65_HS1-834228961_62-HQ-83894_Section_6
Agency: FBI
Page 159
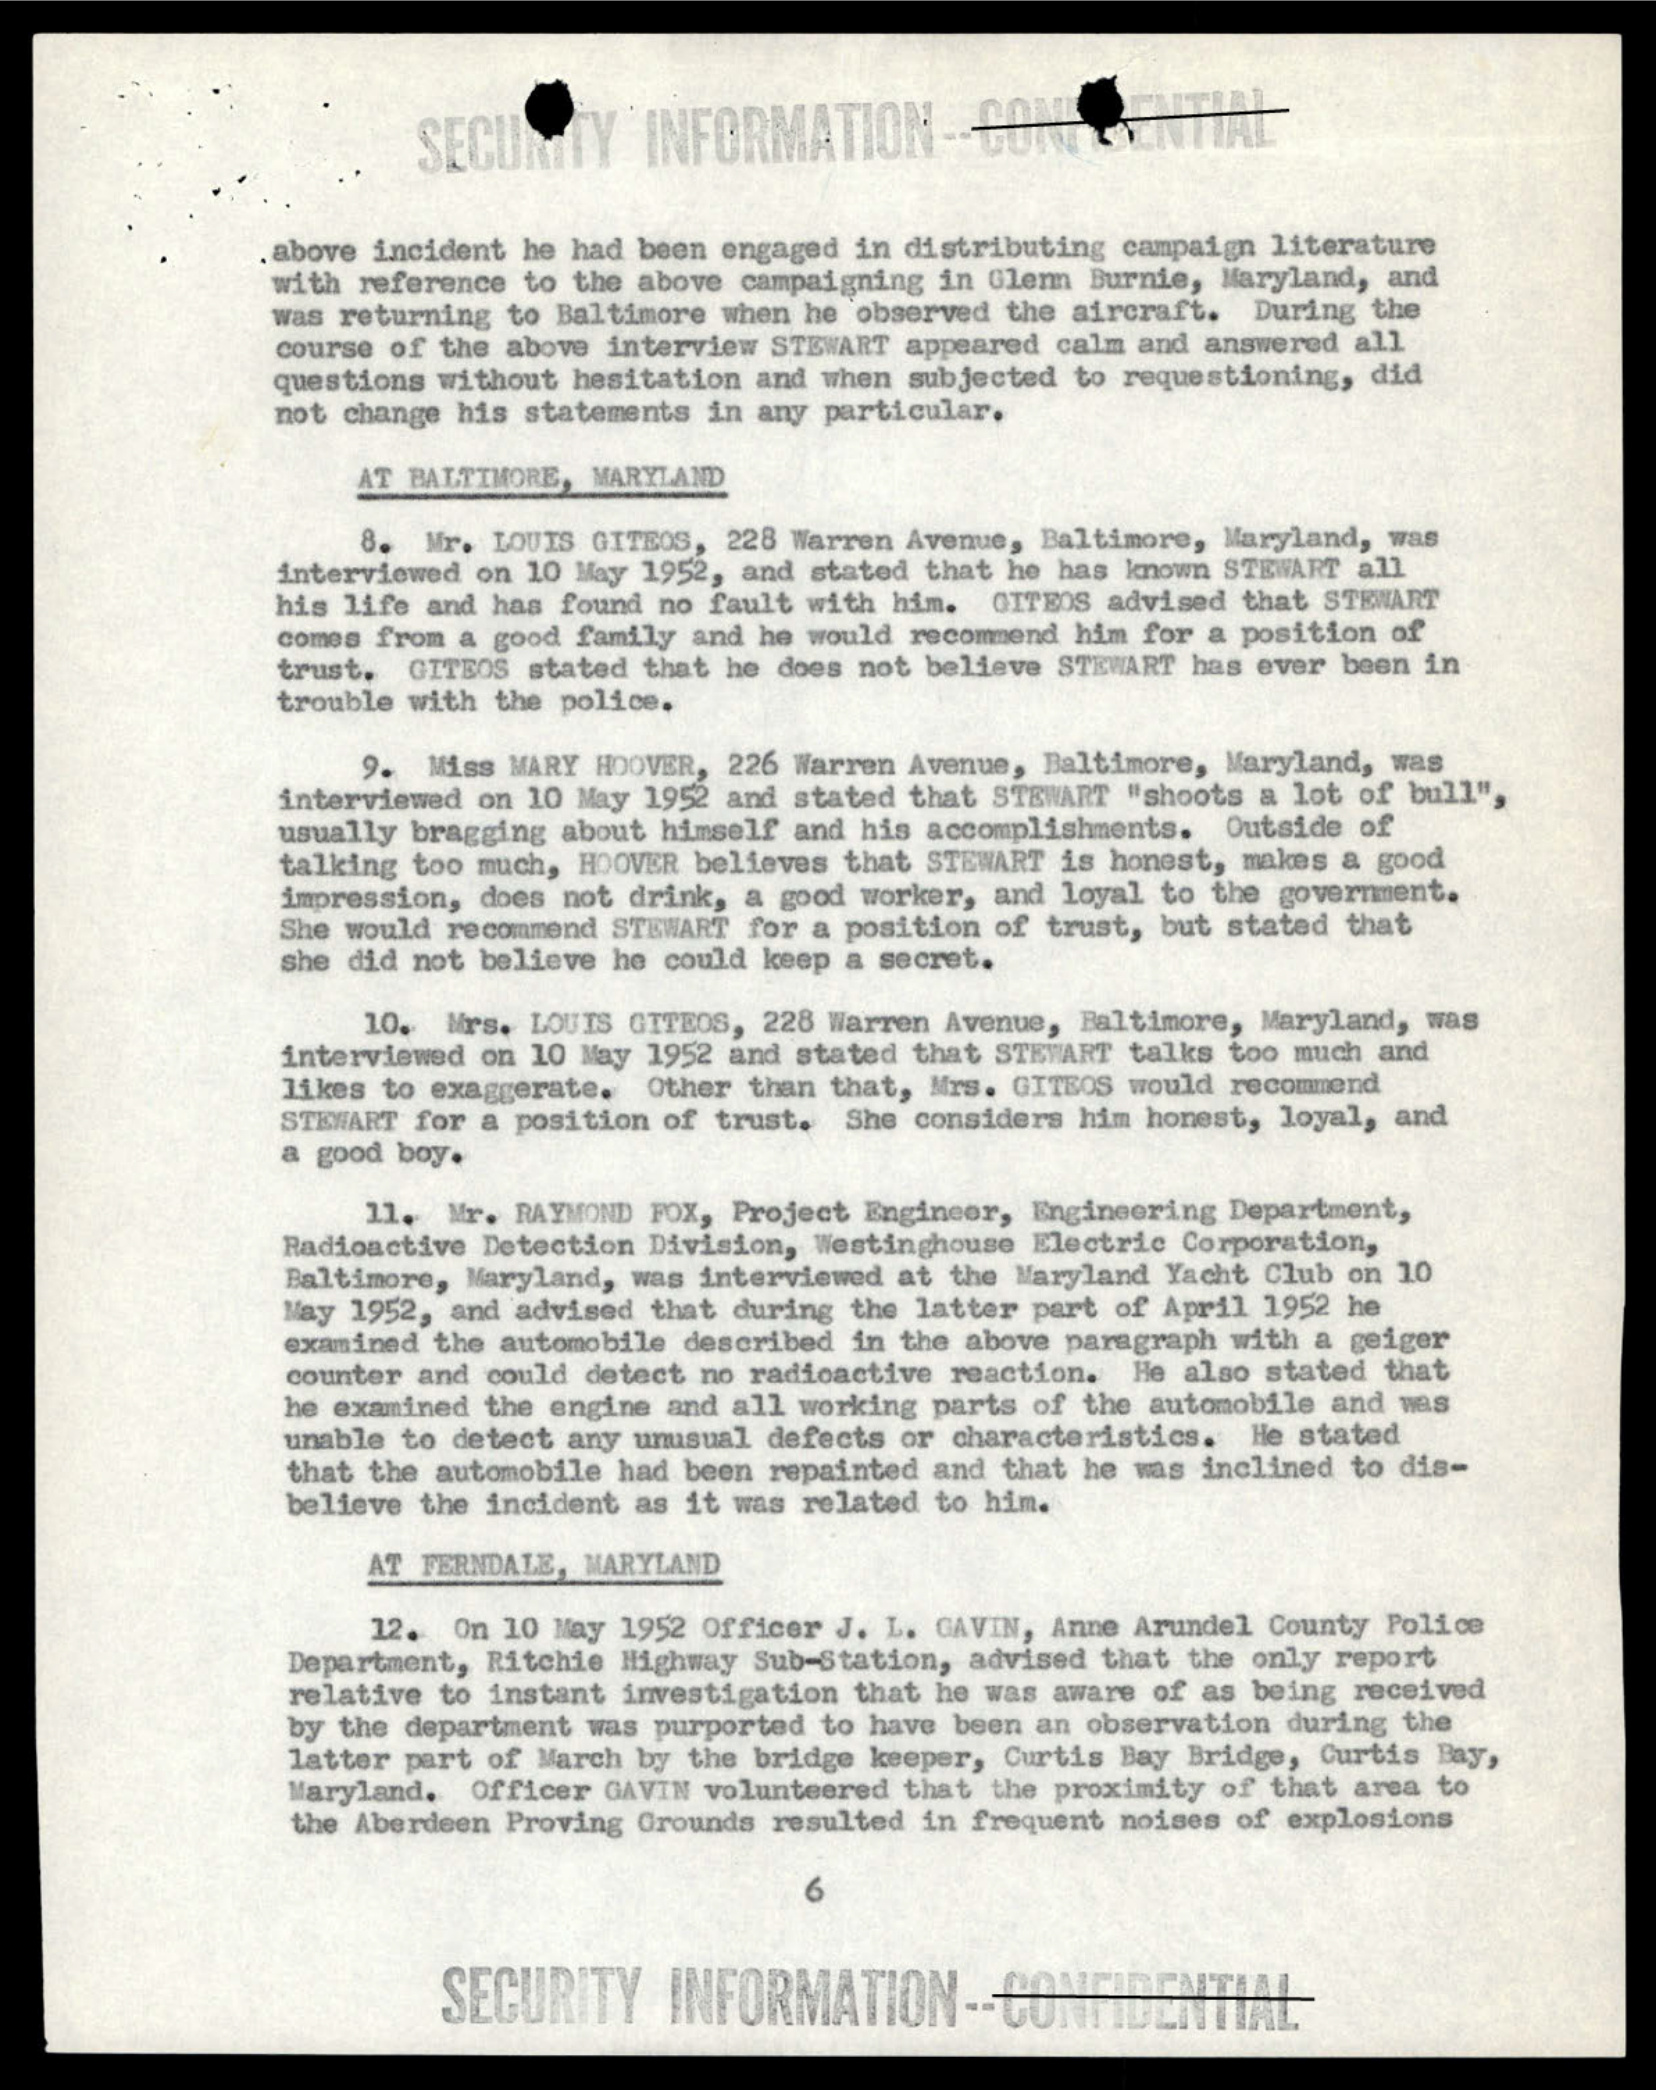